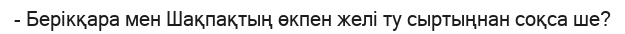
- Берікқара мен Шақпақтың өкпен желі ту сыртыңнан соқса ше?